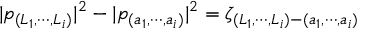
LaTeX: | p _ { ( L _ { 1 } , \cdots , L _ { i } ) } | ^ { 2 } - | p _ { ( a _ { 1 } , \cdots , a _ { i } ) } | ^ { 2 } = \zeta _ { ( L _ { 1 } , \cdots , L _ { i } ) - ( a _ { 1 } , \cdots , a _ { i } ) }